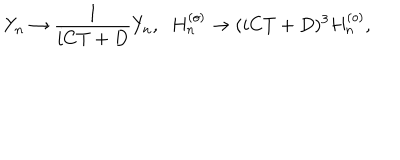
Y _ { n } \rightarrow \frac { 1 } { i C T + D } Y _ { n } , \; \; H _ { n } ^ { ( o ) } \rightarrow ( i C T + D ) ^ { 3 } H _ { n } ^ { ( o ) } ,